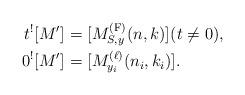
LaTeX: \begin{align*}t^{!} [M']^{} & = [M^{\textup{(F)}}_{S,y}(n,k)]^{}(t \neq 0), \\0^{!} [M']^{} & = [ M^{(\ell)}_{y_i}(n_i,k_i) ]^{}.\end{align*}